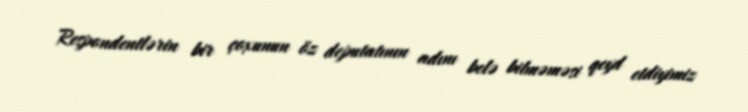
Respondentlərin bir çoxunun öz deputatının adını belə bilməməsi qeyd etdiyimiz